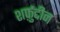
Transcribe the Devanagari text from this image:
शर्फ़ुद्दीन